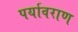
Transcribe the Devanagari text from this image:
पर्यावराण